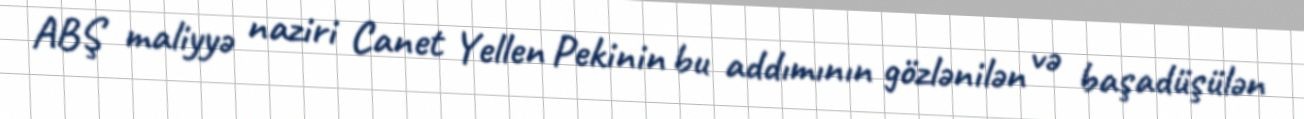
ABŞ maliyyə naziri Canet Yellen Pekinin bu addımının gözlənilən və başadüşülən